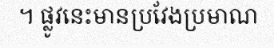
។ ផ្លូវនេះមានប្រវែងប្រមាណ